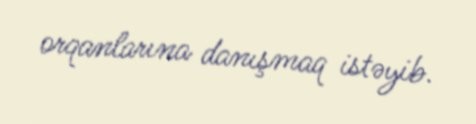
orqanlarına danışmaq istəyib.